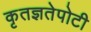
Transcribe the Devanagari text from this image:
कृतज्ञतेपोटी